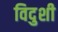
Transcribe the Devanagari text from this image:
विदुशी